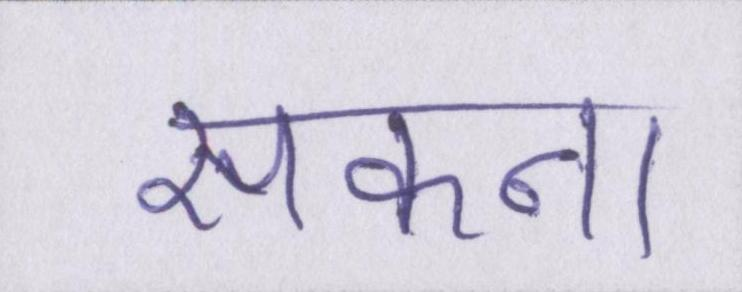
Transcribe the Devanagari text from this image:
सकना